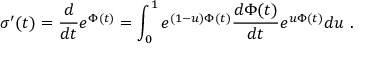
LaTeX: \sigma ^ { \prime } ( t ) = { \frac { d } { d t } } e ^ { \Phi ( t ) } = \int _ { 0 } ^ { 1 } e ^ { ( 1 - u ) \Phi ( t ) } { \frac { d \Phi ( t ) } { d t } } e ^ { u \Phi ( t ) } d u \ .